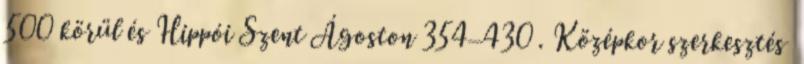
500 körül és Hippói Szent Ágoston 354–430 . Középkor szerkesztés